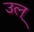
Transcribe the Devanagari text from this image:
उल्‌